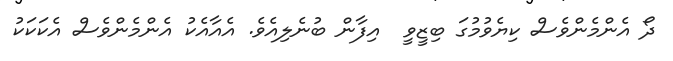
ދޯ އެންމެންވެސް ކިޔެވުމުގަ ބިޒީވީ  އިފާން ބުނެލިއެވެ. އެއާއެކު އެންމެންވެސް އެކަކަކު